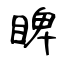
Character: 睥